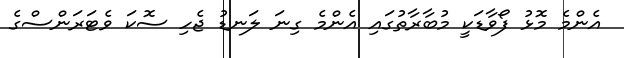
އެންމެ މޮޅު ފޯވާޑަކީ މުބާރާތުގައި އެންމެ ގިނަ ލަނޑު ޖެހި ސޮކަ ވެޓަރަންސްގެ